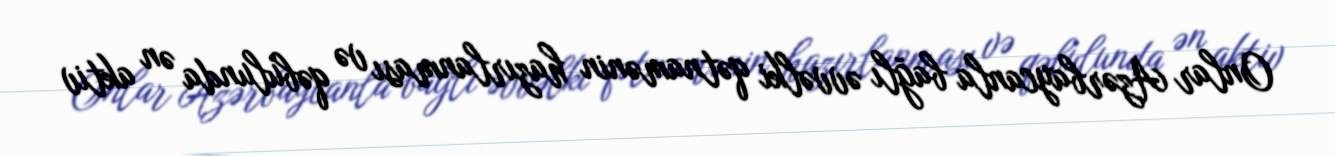
Onlar Azərbaycanla bağlı əvvəlki qətnamənin hazırlanması və qəbulunda ən aktiv